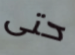
حتى